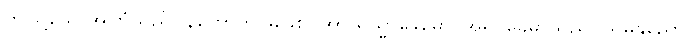
ဤသို့သောအကြံသည်။ နဟောတိ၊ မဖြစ်။ အာယသ္မာခေမော၊ အရှင်ခေမာသည်။ သမနုညော၊